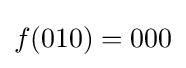
{\displaystyle f(010)=000}